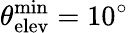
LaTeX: \theta_{\mathrm{elev}}^{\mathrm{min}}=10^{\circ}